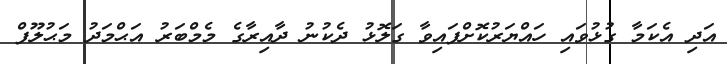
އަދި އެކަމާ ގުޅުވައި ހައްޔަރުކޮށްފައިވާ ގަލޮޅު ދެކުނު ދާއިރާގެ މެމްބަރު އަޙްމަދު މަޙުލޫފް